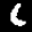
Label: 6